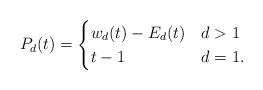
LaTeX: \begin{align*} P_d(t)=\begin{cases}w_d(t)-E_d(t)&d>1\\ t-1&d=1.\end{cases}\end{align*}